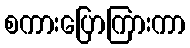
စကားပြောကြားကာ